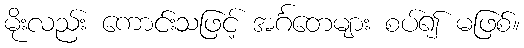
မိုးလည်း ကောင်းသဖြင့် အင်္ဂတေများ စပ်၍ မဖြစ်။